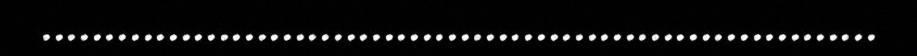
..................................................................